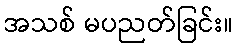
အသစ် မပညတ်ခြင်း။